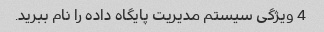
4 ویژگی سیستم مدیریت پایگاه داده را نام ببرید.